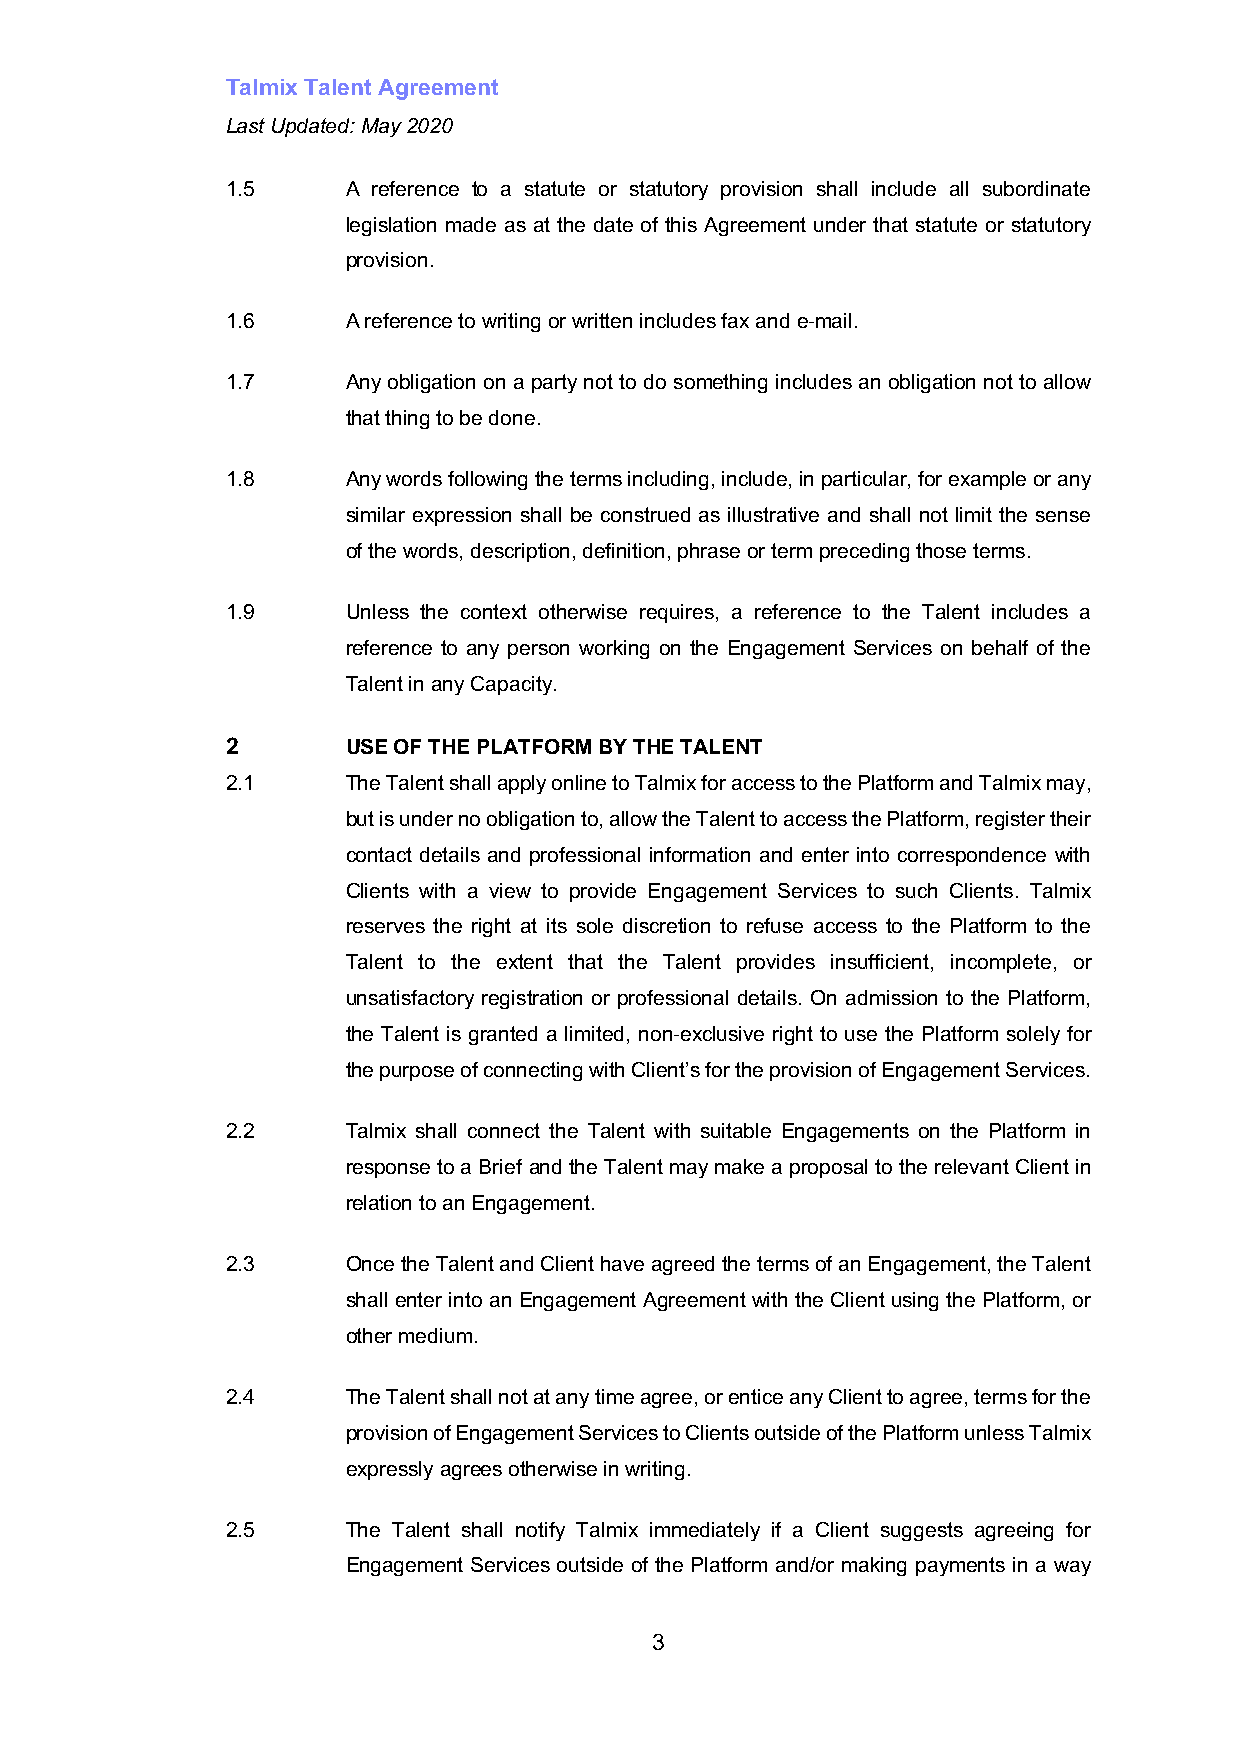
Talmix Talent Agreement
 Last Updated: May 2020
 1.5     A reference to a statute or statutory provision shall include all subordinate
 legislation made as at the date of this Agreement under that statute or statutory
 provision.
 1.6     A reference to writing or written includes fax and e-mail.
 1.7     Any obligation on a party not to do something includes an obligation not to allow
 that thing to be done.
 1.8     Any words following the terms including, include, in particular, for example or any
 similar expression shall be construed as illustrative and shall not limit the sense
 of the words, description, definition, phrase or term preceding those terms.
 1.9     Unless the context otherwise requires, a reference to the Talent includes a
 reference to any person working on the Engagement Services on behalf of the
 Talent in any Capacity.
 2       USE OF THE PLATFORM BY THE TALENT
 2.1     The Talent shall apply online to Talmix for access to the Platform and Talmix may,
 but is under no obligation to, allow the Talent to access the Platform, register their
 contact details and professional information and enter into correspondence with
 Clients with a view to provide Engagement Services to such Clients. Talmix
 reserves the right at its sole discretion to refuse access to the Platform to the
 Talent to the extent that the Talent provides insufficient, incomplete, or
 unsatisfactory registration or professional details. On admission to the Platform,
 the Talent is granted a limited, non-exclusive right to use the Platform solely for
 the purpose of connecting with Client’s for the provision of Engagement Services.
 2.2     Talmix shall connect the Talent with suitable Engagements on the Platform in
 response to a Brief and the Talent may make a proposal to the relevant Client in
 relation to an Engagement.
 2.3     Once the Talent and Client have agreed the terms of an Engagement, the Talent
 shall enter into an Engagement Agreement with the Client using the Platform, or
 other medium.
 2.4     The Talent shall not at any time agree, or entice any Client to agree, terms for the
 provision of Engagement Services to Clients outside of the Platform unless Talmix
 expressly agrees otherwise in writing.
 2.5     The Talent shall notify Talmix immediately if a Client suggests agreeing for
 Engagement Services outside of the Platform and/or making payments in a way
 3